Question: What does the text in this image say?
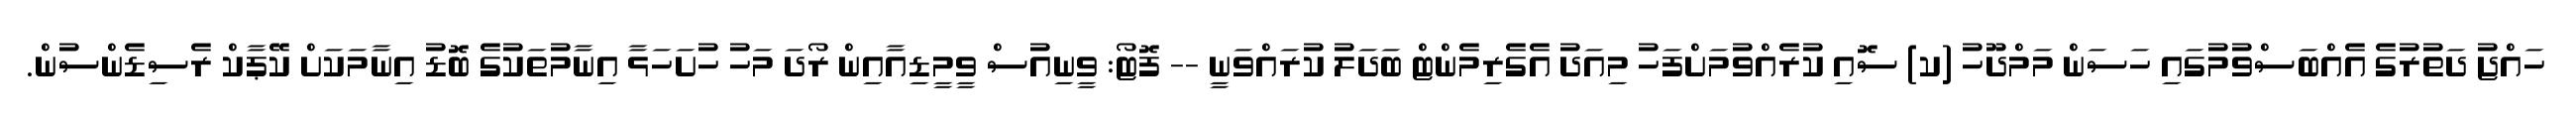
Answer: ހައްޖު ދަތުރުގެ އެއްބަސްވުމުގައި ހަސަން މަމްދޫހު (ކ) ސޮއި ކުރެއްވުމަށްފަހު މިއަދު އެގެރިމެންޓް ބަދަލު ކުރައްވަނީ -- ފޮޓޯ: ވީނިއުސް ވީމީޑިއާއިން ރޯދަ މަހު ހުށަހަޅާ އިނާމުތަކުގެ ބޮޑު އިނާމަކަށް ކޭޕާކް ރެސިޑެންސުން.